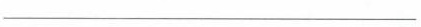
___